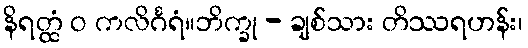
နိရတ္ထံ ဝ ကလိင်္ဂရံ။ဘိက္ခု - ချစ်သား တိဿရဟန်း၊